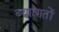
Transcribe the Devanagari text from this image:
ब्याघातों